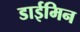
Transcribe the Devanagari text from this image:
डाईमिन